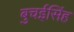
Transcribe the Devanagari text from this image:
बुचईसिंह